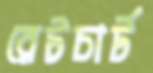
রেটচার্ট